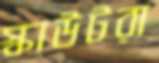
স্কাউটরা